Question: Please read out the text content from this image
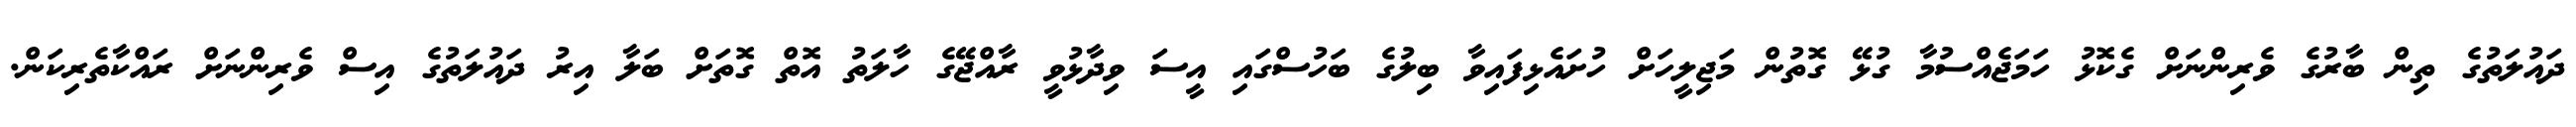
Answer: ދައުލަތުގެ ތިން ބާރުގެ ވެރިންނަށް ގެކޮޅު ހަމަޖެއްސުމާ ގުޅޭ ގޮތުން މަޖިލީހަށް ހުށައެޅިފައިވާ ބިލުގެ ބަހުސްގައި އީސަ ވިދާޅުވީ ރާއްޖޭގެ ހާލަތު އޮތް ގޮތަށް ބަލާ އިރު ދައުލަތުގެ އިސް ވެރިންނަށް ރައްކާތެރިކަން.